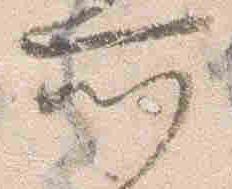
所